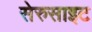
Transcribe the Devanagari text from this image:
सेरुसाइट